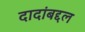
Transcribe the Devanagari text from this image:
दादांबद्दल